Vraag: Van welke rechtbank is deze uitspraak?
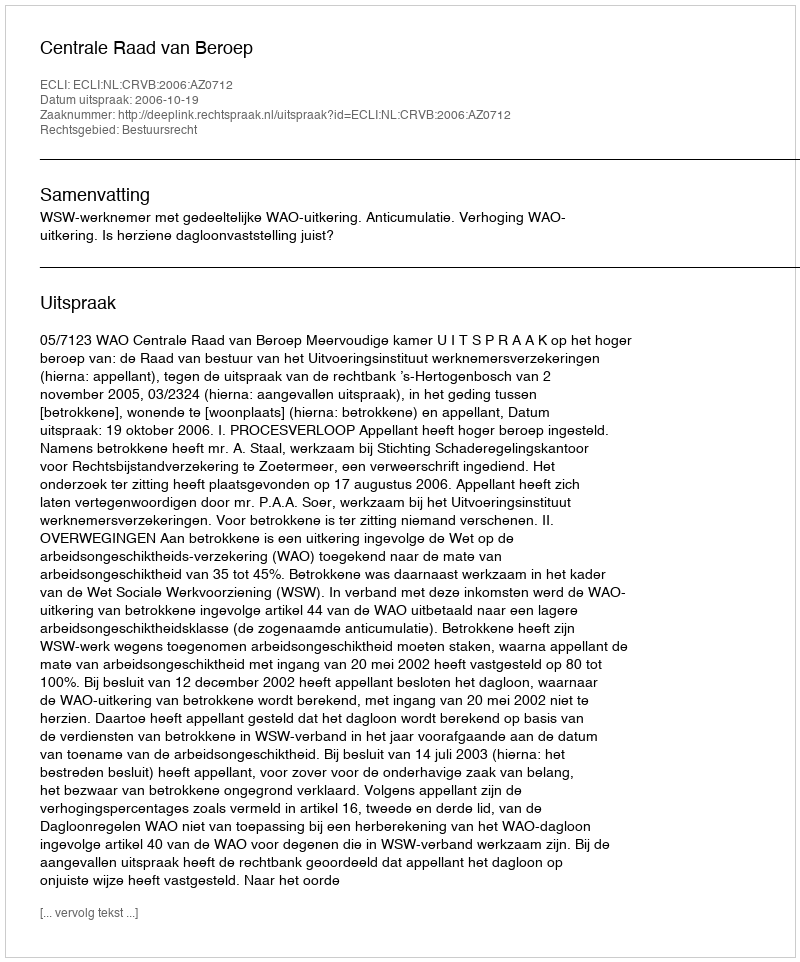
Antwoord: Centrale Raad van Beroep